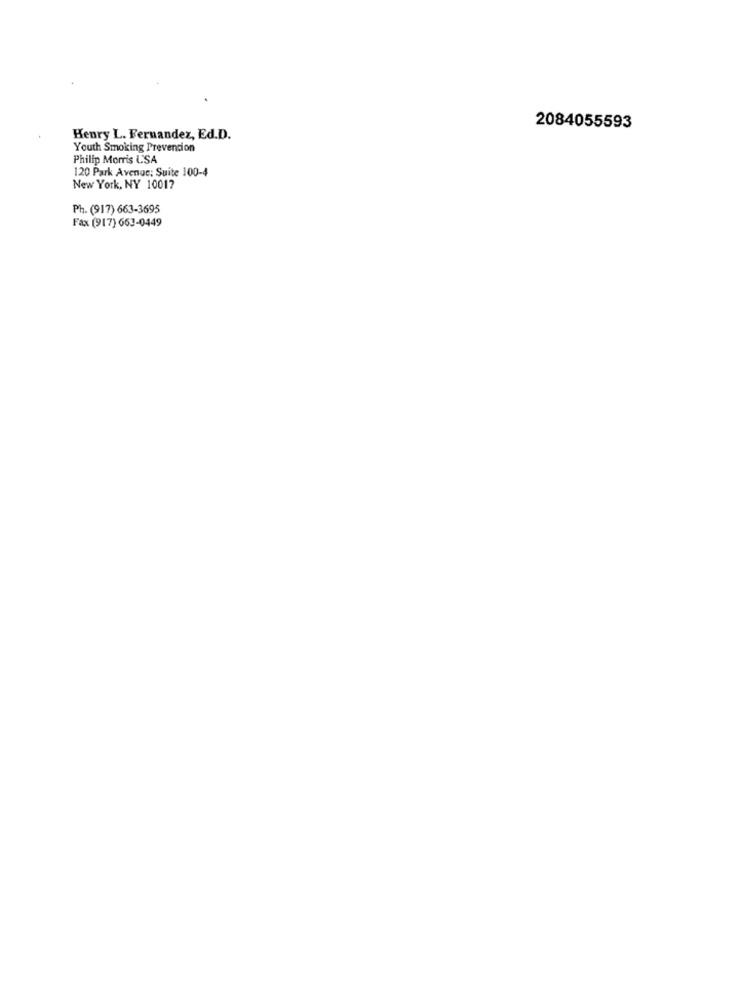
2084055593
Henry L. Fernandez, Ed.D.
Youth Smoking Prevencion
Philip Morris LSA
120 Park Avenue: Suite 100-4
New York, NY 10017
Ph. (917) 663-3695
Fax (917) 663-0449